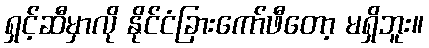
ရှင့်ဆီမှာလို နိုင်ငံခြားကော်ဖီတော့ မရှိဘူး။